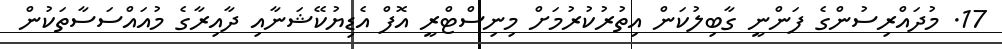
17. މުދައްރިސުންގެ ފަންނީ ގާބިލުކަން އިތުރުކުރުމަށް މިނިސްޓްރީ އޮފް އެޑިޔުކޭޝަނާއި ދާއިރާގެ މުއައްސަސާތަކުން